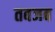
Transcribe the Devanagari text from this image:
तबजब